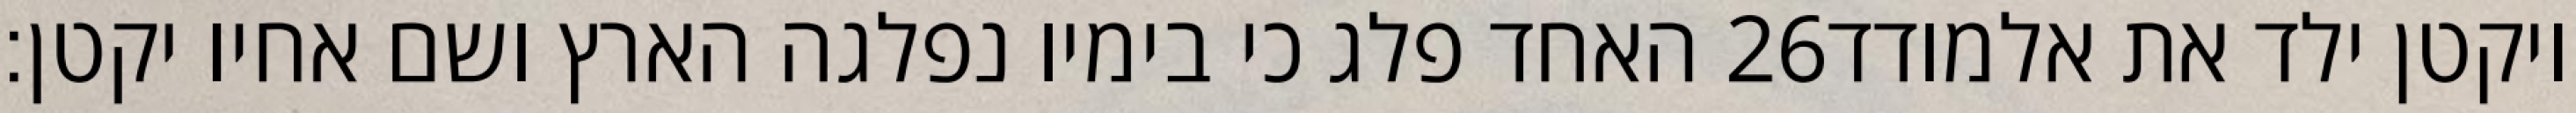
האחד פלג כי בימיו נפלגה הארץ ושם אחיו יקטן׃ ‎26‏ ויקטן ילד את אלמודד